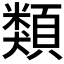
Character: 類